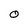
Character: 0